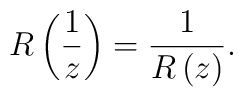
R \left(\frac{1}{z} \right) = \frac{1}{R \left(z \right)}.